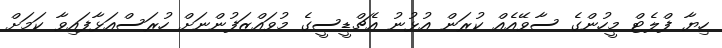
ހިޔާ ފްލެޓް މީހުންގެ ސާވޭއެއް ކުރަން އުޅުނު އެޗްޑީސީގެ މުވައްޒަފުންނަށް ހުރަސްއަޅާފައިވާ ކަމަށް